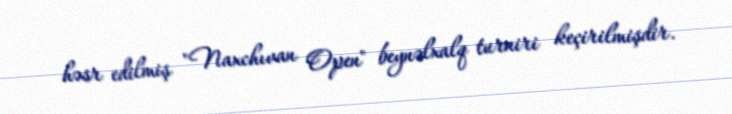
həsr edilmiş "Naxchıvan Open" beynəlxalq turniri keçirilmişdir.